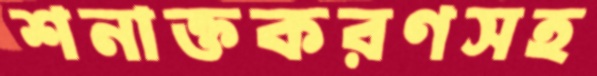
শনাক্তকরণসহ